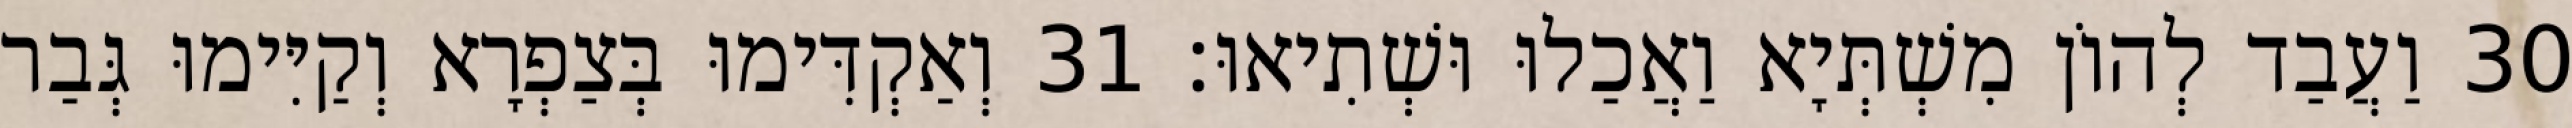
30 וַעֲבַד לְהוֹן מִשְׁתְּיָא וַאֲכַלוּ וּשְׁתִיאוּ׃ 31 וְאַקְדִּימוּ בְּצַפְרָא וְקַיִּימוּ גְּבַר